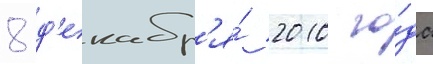
8 д'екабр'я́ 2010 го́да